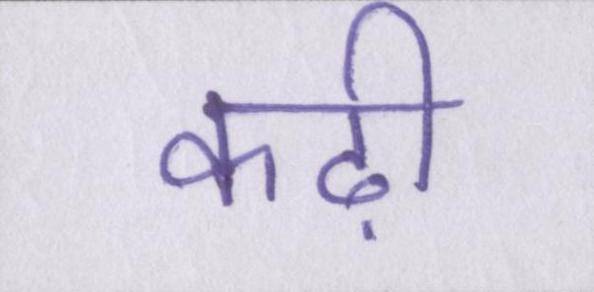
कढ़ी